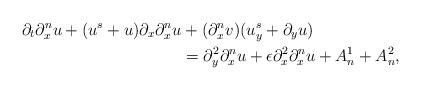
LaTeX: \begin{align*}\partial_t\partial^n_x u + (u^s + {u}) \partial_x\partial^n_x u &+(\partial^n_x {v}) (u^s_y + \partial_y {u})\\&= \partial^2_{y}\partial^n_x u + \epsilon \partial^2_{x}\partial^n_x u+A^1_n+A^2_n,\end{align*}